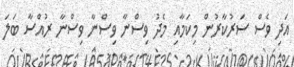
އަދި ވެސް ސަރުކާރުން މިކަމާއި މެދު ވިސްނާ ވިސްނާ ވިސްނާ ރުއްސާ ބަލަ